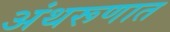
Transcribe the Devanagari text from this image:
अंथरूणात